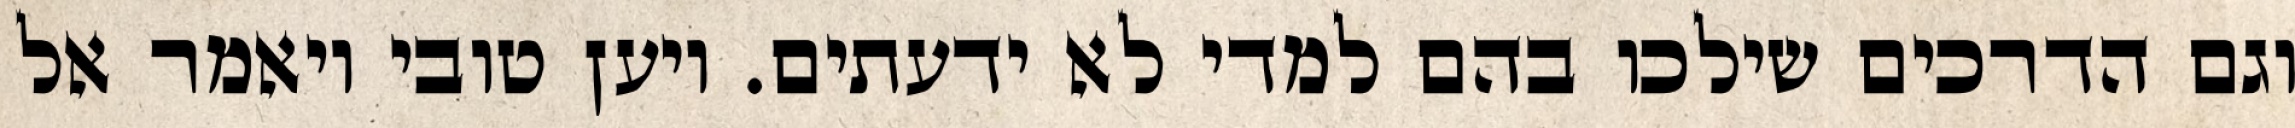
וגם הדרכים שילכו בהם למדי לא ידעתים. ויען טובי ויאמר אל